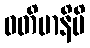
ဝတိမာနိပိ